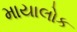
માયાલોક